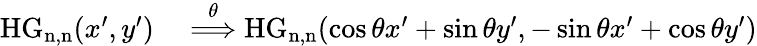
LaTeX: \begin{array}{rl}{\mathrm{HG_{n,n}}(x^{\prime},y^{\prime})}&{{}\overset{\theta}{\Longrightarrow}\mathrm{HG_{n,n}}(\cos\theta x^{\prime}+\sin\theta y^{\prime},-\sin\theta x^{\prime}+\cos\theta y^{\prime})}\end{array}